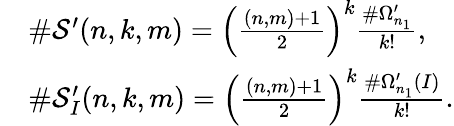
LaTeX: \begin{array}{rl}&{\# \mathcal{S}^{\prime}(n,k,m)=\left(\frac{(n,m)+1}{2}\right)^{k}\frac{\# \Omega_{n_{1}}^{\prime}}{k!},}\\ &{\# \mathcal{S}_{I}^{\prime}(n,k,m)=\left(\frac{(n,m)+1}{2}\right)^{k}\frac{\# \Omega_{n_{1}}^{\prime}(I)}{k!}.}\end{array}